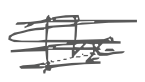
Text: The
Cross-out: scratch
Writing tool: digital_gray